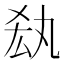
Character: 𠫷